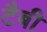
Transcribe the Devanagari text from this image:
टैबी